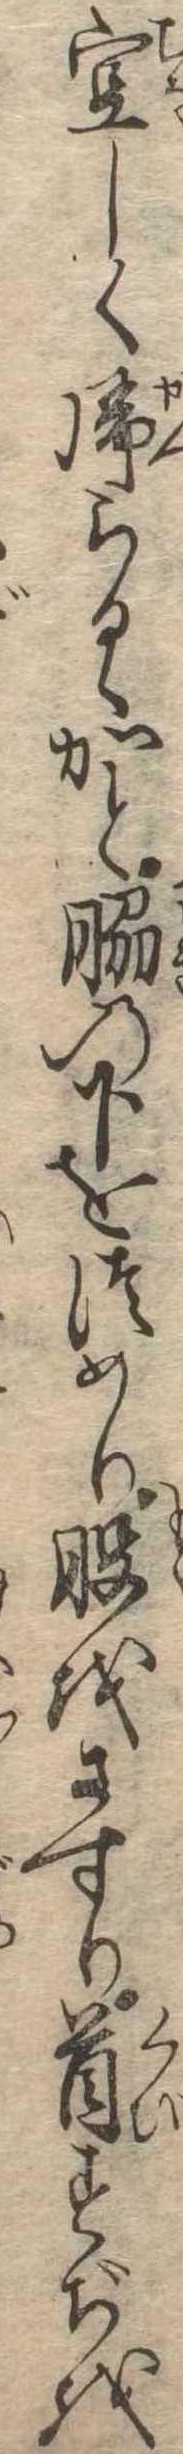
空しく帰らるゝかと脇の下をつめり股をさすり首すぢを